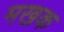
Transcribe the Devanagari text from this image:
मखक